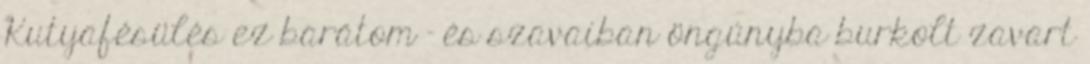
Kutyafésülés ez barátom – és szavaiban öngúnyba burkolt zavart